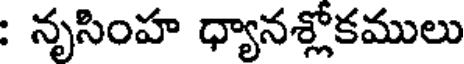
: నృసింహ ధ్యానశ్లోకములు